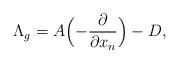
LaTeX: \begin{align*} \Lambda_{g} = A\Bigl(-\frac{\partial }{\partial x_n}\Bigr)-D, \end{align*}